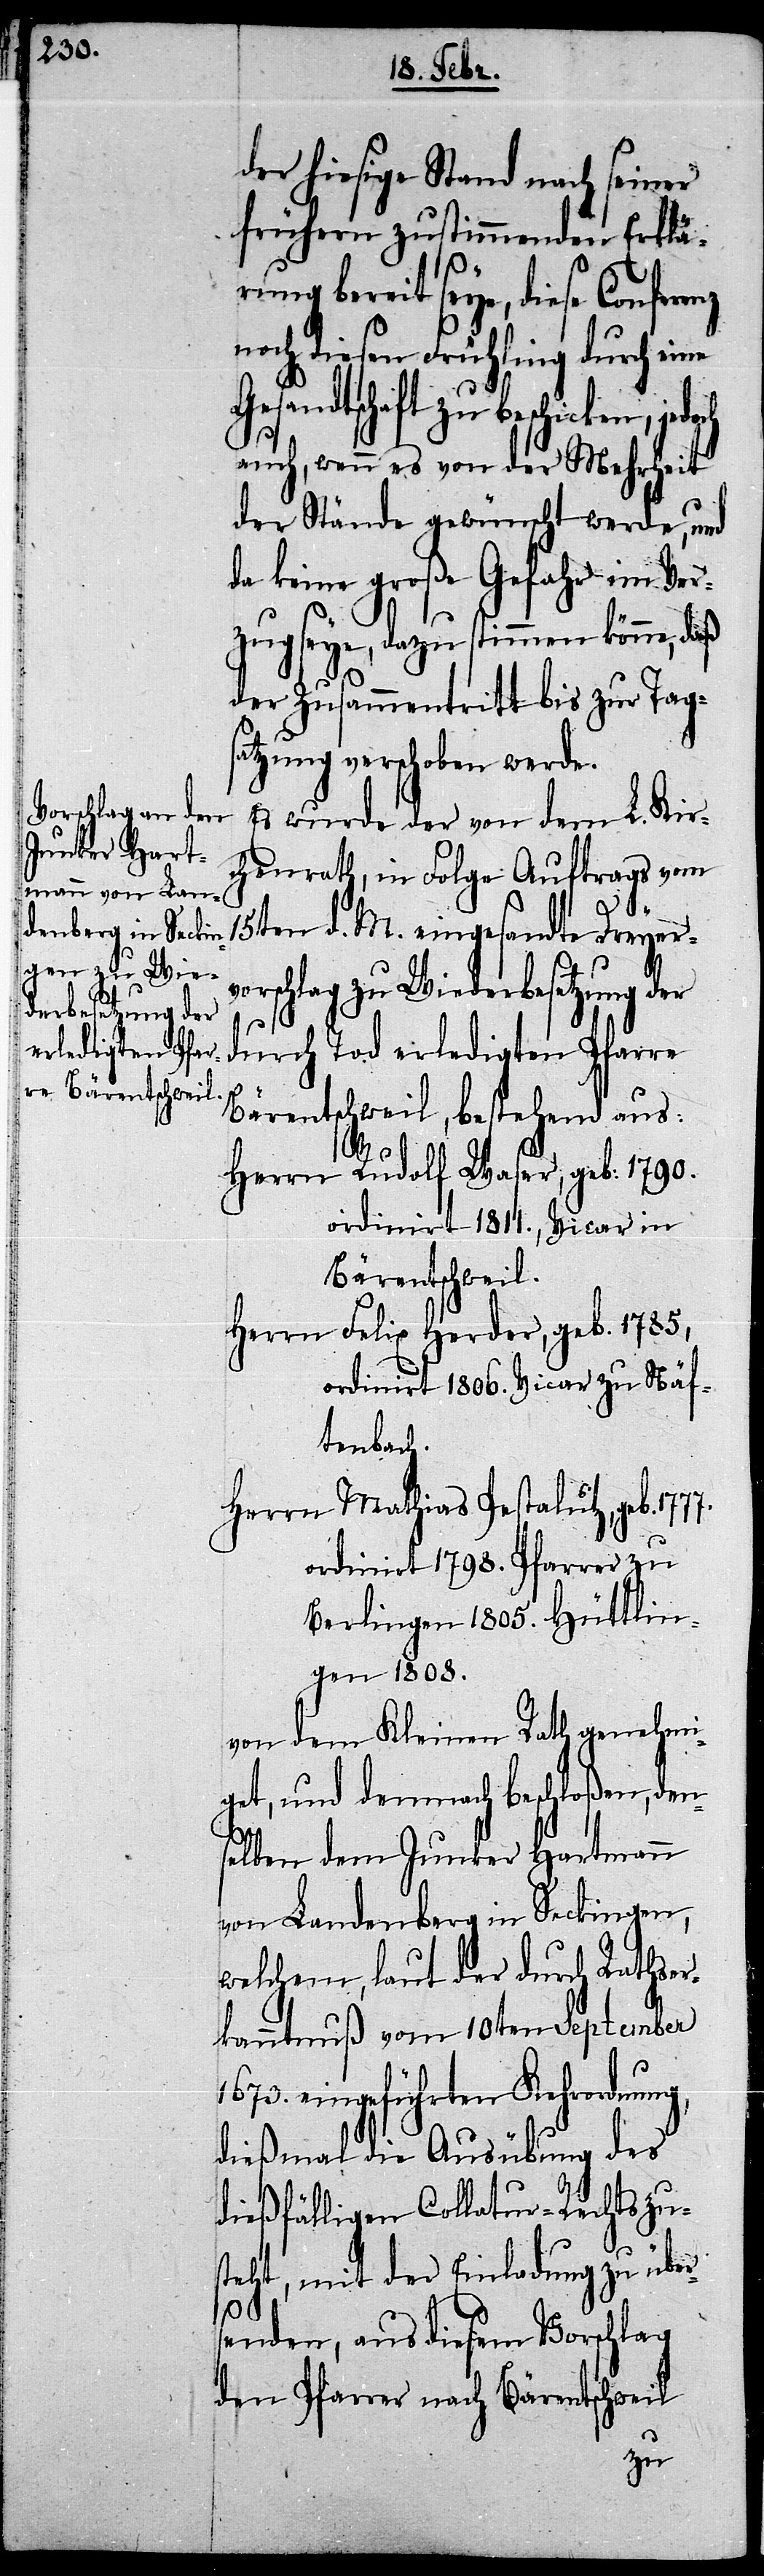
der hiesige Stand nach seiner
frühern zustimmenden Erklä¬
rung bereit seye, diese Conferenz
noch diesen Frühling durch eine
Gesandtschaft zu
auch, wenn es von der Mehrheit
der Stände gewünscht werde, und
da keine große Gefahr im Ver¬
zug seye, dazu stimmen könne, daß
der Zusammentritt bis zur Tags¬
atzung verschoben werde.
Es wurde der von dem L. Kir¬
chenrath, in Folge Auftrags vom
15ten d. M. eingesandte Dreyerv¬
orschlag zu Wiederbesetzung der
durch Tod erledigten Pfarre
Bärentschweil, bestehend aus:
n¬
Herrn Rudolf Waser, geb: 1790.
ordinirt 1811., Vicar in
Bärentschweil.
Herrn Felix Herder, geb. 1785,
ordinirt 1806. Vicar zu Näf¬
tenbach.
Herrn Mathias Pestalutz, geb.
ordinirt 1798. Pfarrer zu
Berlingen 1805. Hüttlin¬
gen 1808.
von dem Kleinen Rath genehmi¬
get, und demnach beschloßen, de¬
selben dem Junker Hartmann
von Landenberg in Seckingen,
welchem, laut der durch Rathser¬
kanntnuß vom 10ten September
1673. eingeführten Kehrordnung,
dießmal die Ausübung des
dießfälligen Collatur-Rechts zus¬
teht, mit der Einladung zu über¬
senden, aus diesem Vorschlag
den Pfarrer nach Bärentschweil